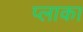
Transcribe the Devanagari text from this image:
प्लाका